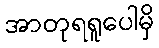
အာတုရရူပေါမှိ